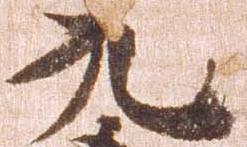
九